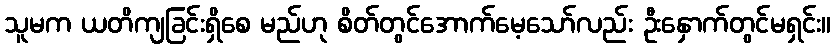
သူမက ယတိကျခြင်းရှိစေ မည်ဟု စိတ်တွင်အောက်မေ့သော်လည်း ဦးနှောက်တွင်မရှင်း။